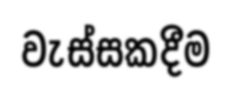
වැස්සකදීම